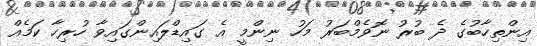
އިންތިހާބުގެ ދެ ބުރު ނޮވެމްބަރު މަހު ނިންމީ އެ ގައިޑްލައިންގައިވާ ހުރިހާ ކަމެއް